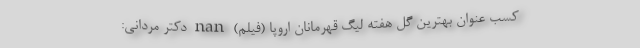
کسب عنوان بهترین گل هفته لیگ قهرمانان اروپا (فیلم) nan دکتر مردانی: